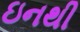
ઇનથી